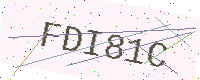
Text: FDI81C